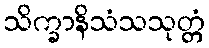
သိက္ခာနိသံသသုတ္တံ